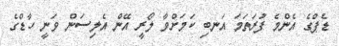
ޑެޕްގެ އެންމެ ފުރަތަމަ އަނބި ކަމަށްވާ ލޯރީ އޭން އެލިސަން ވަނީ ހާޑްގެ